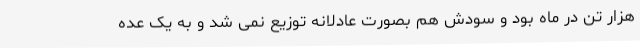
هزار تن در ماه بود و سودش هم بصورت عادلانه توزیع نمی شد و به یک عده